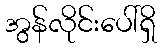
အွန်လိုင်းပေါ်ရှိ